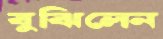
বুঝিলেন